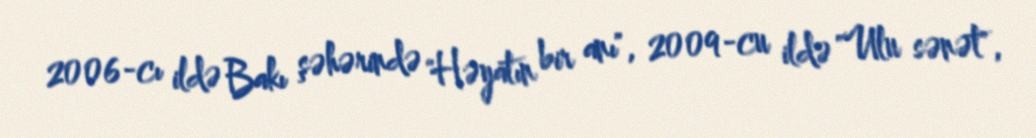
2006-cı ildə Bakı şəhərində "Həyatın bir anı", 2009-cu ildə "Ulu sənət",